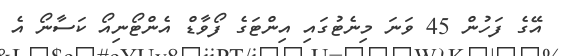
އޭގެ ފަހުން 45 ވަނަ މިނެޓުގައި އިންޓަގެ ފޯވާޑް އެންޓޯނިއޯ ކަސާނޯ އެ